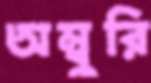
অম্বুরি